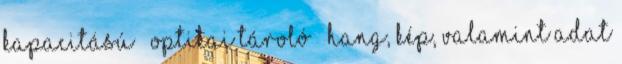
kapacitású  Optikai tároló  Hang, kép, valamint adat